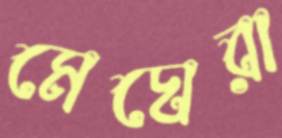
মেঘেরা